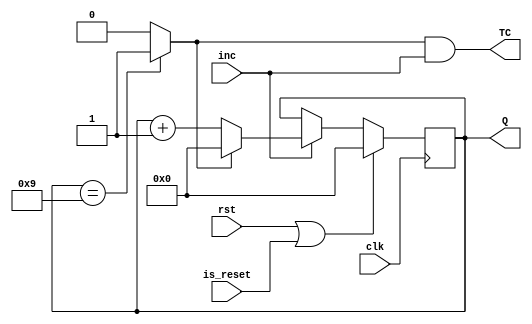
module BC9 (clk, rst, is_reset, inc, Q, TC);

input rst, clk;
input inc;
input is_reset;
output reg [3:0] Q ;
output TC ; 


wire finl;

always @(posedge clk) 
  if(rst || is_reset) Q <= 4'd0;

  else if (inc) 
    if(fin) Q <= 4'd0;
    else Q <= Q + 1;

assign fin = (Q == 4'd9)?1:0;
assign TC = fin & inc ;

endmodule